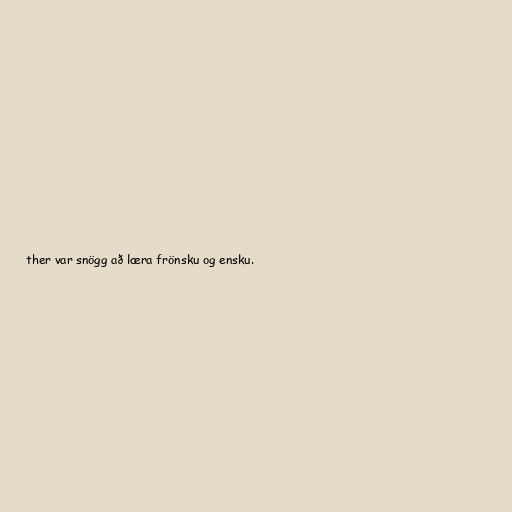
ther var snögg að læra frönsku og ensku.